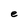
Character: e